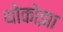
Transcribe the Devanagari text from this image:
थोकोझा